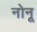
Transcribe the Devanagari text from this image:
नोनू